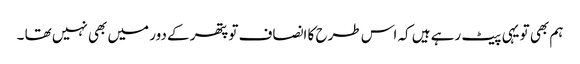
ہم بھی تو یہی پیٹ رہے ہیں کہ اس طرح کا انصاف تو پتھر کے دور میں بھی نہیں تھا ۔